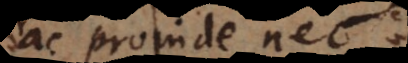
ac proinde nec